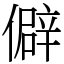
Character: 僻